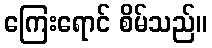
ကြေးရောင် စိမ်သည်။